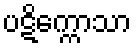
ပဋိက္ကောသာ